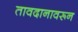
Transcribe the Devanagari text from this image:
तावदानावरून